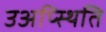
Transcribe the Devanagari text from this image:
उअप्स्थिति